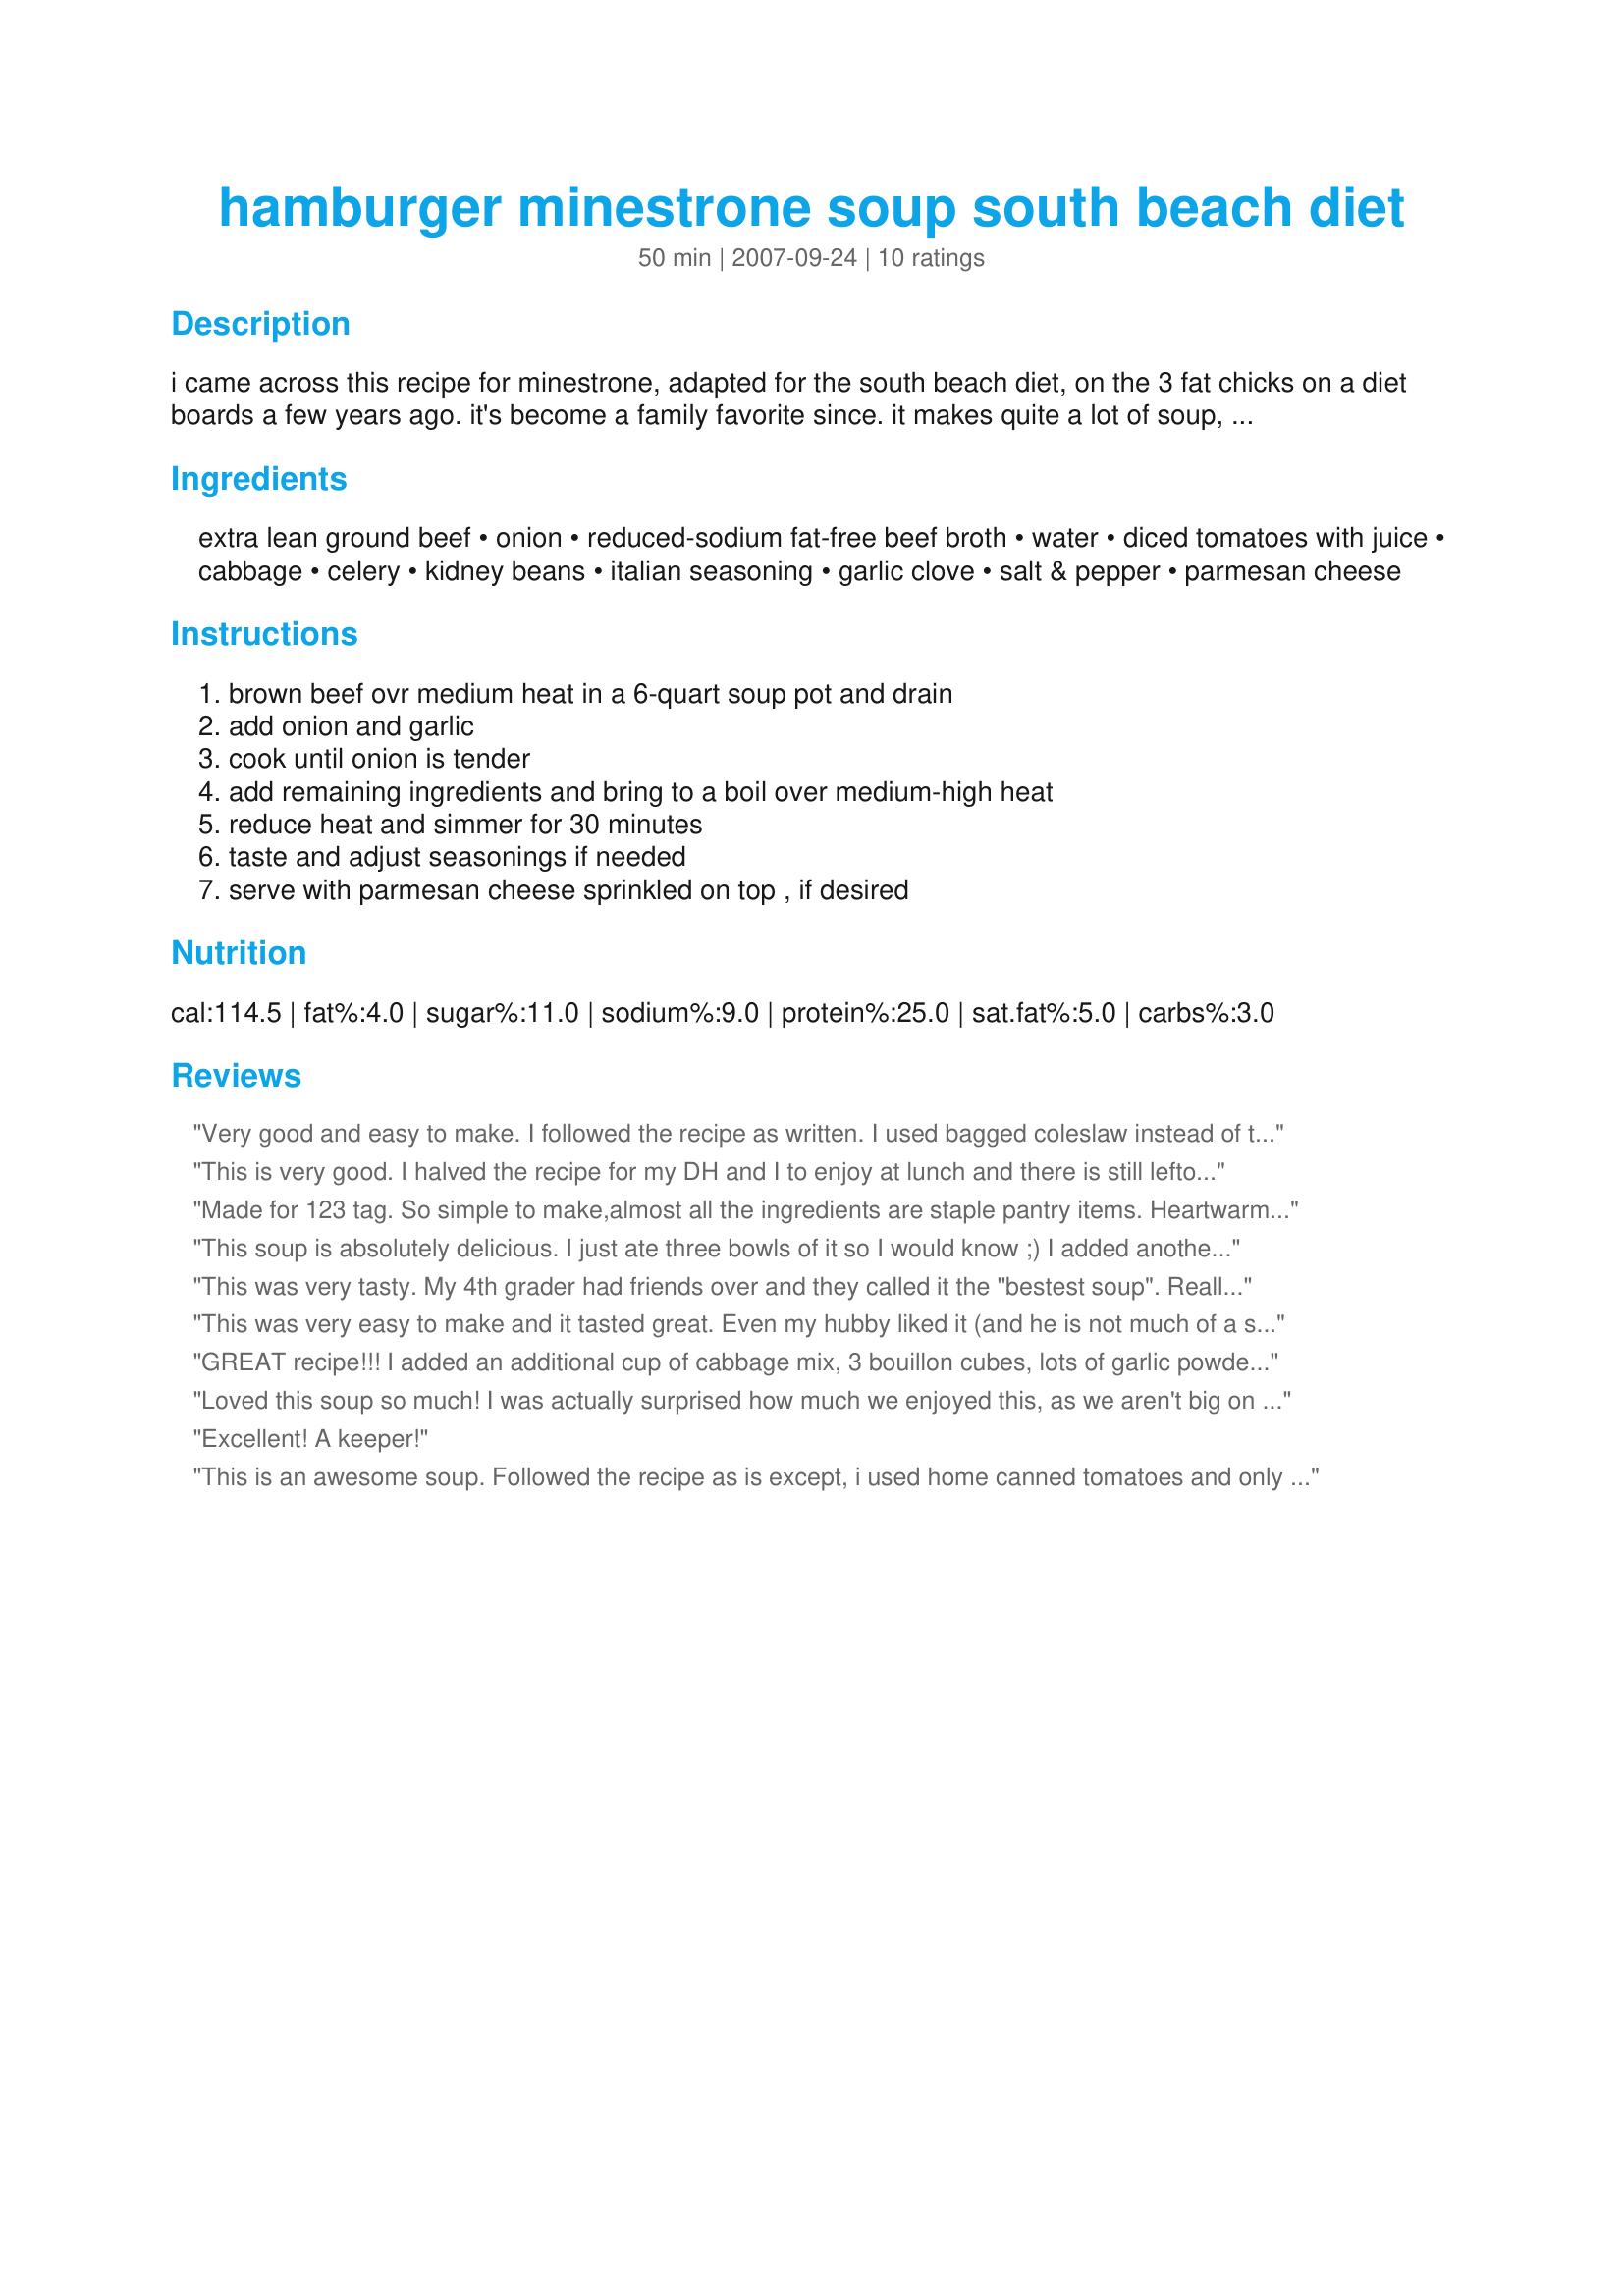
hamburger minestrone soup south beach diet
Preparation time: 50 minutes

i came across this recipe for minestrone, adapted for the south beach diet, on the 3 fat chicks on a diet boards a few years ago. it's become a family favorite since. it makes quite a lot of soup, but it reheats well. if making this for the south beach diet, watch out for added sugar in the tomatoes and beans-- a lot of canned beans and tomato products have sugar added to them. you can also substitute very lean ground turkey and chicken broth for the beef.

Ingredients:
extra lean ground beef, onion, reduced-sodium fat-free beef broth, water, diced tomatoes with juice, cabbage, celery, kidney beans, italian seasoning, garlic clove, salt & pepper, parmesan cheese

Steps:
brown beef ovr medium heat in a 6-quart soup pot and drain, add onion and garlic, cook until onion is tender, add remaining ingredients and bring to a boil over medium-high heat, reduce heat and simmer for 30 minutes, taste and adjust seasonings if needed, serve with parmesan cheese sprinkled on top , if desired

Reviews:
Very good and easy to make. I followed the recipe as written. I used bagged coleslaw instead of the shredded cabbage. We all enjoyed this.
This is very good. I halved the recipe for my DH and I to enjoy at lunch and there is still leftovers, of course. This is great soup! Thanks for sharing.
Made for 123 tag.
So simple to make,almost all the ingredients are staple pantry items. Heartwarming on an icy cold Canadian day.
This soup is absolutely delicious. I just ate three bowls of it so I would know ;) I added another bouillon cube, a few splashes of Frank&#039;s and a bit more garlic and it was just perfect. Thanks for posting this great recipe.
This was very tasty. My 4th grader had friends over and they called it the "bestest soup". Really it's 4 1/2 stars.
This was very easy to make and it tasted great. Even my hubby liked it (and he is not much of a soup person). We made it for dinner, but we are taking the left overs for lunch tomorrow. Thanks for posting this! It really makes the SBD alot easier when we have good tasting food!
GREAT recipe!!! I added an additional cup of cabbage mix, 3 bouillon cubes, lots of garlic powder and pepper for a more intense flavor. Fast and easy to make on those busy nights, especially if the ground beef is precooked. : ) Very satisfying! This one is a keeper!
Loved this soup so much! I was actually surprised how much we enjoyed this, as we aren't big on cabbage. We are in week 2 of Phase 1 of the SB Diet and this is a nice, filling soup. I will make this many more times! Thx for sharing.
Excellent! A keeper!
This is an awesome soup. Followed the recipe as is except, i used home canned tomatoes and only 1 tablespoon of Italian Seasoning. Have made several times and will make many more times.
